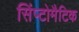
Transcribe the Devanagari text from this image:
सिंप्टोमैटिक